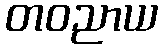
တဝညာယ